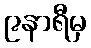
၉နာရီမှ